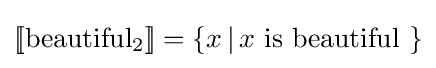
[\![{\text{beautiful}}_{2}]\!]=\{x\,|\,x{\text{ is beautiful }}\}